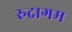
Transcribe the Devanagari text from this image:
रुद्रागम